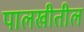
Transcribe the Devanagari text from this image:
पालखीतील